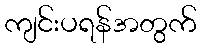
ကျင်းပရန်အတွက်